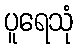
ပူရေသုံ